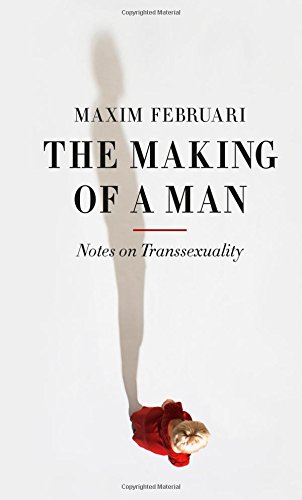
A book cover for The Making of a Man: Notes on Transsexuality; Maxim Februari; Gay & Lesbian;